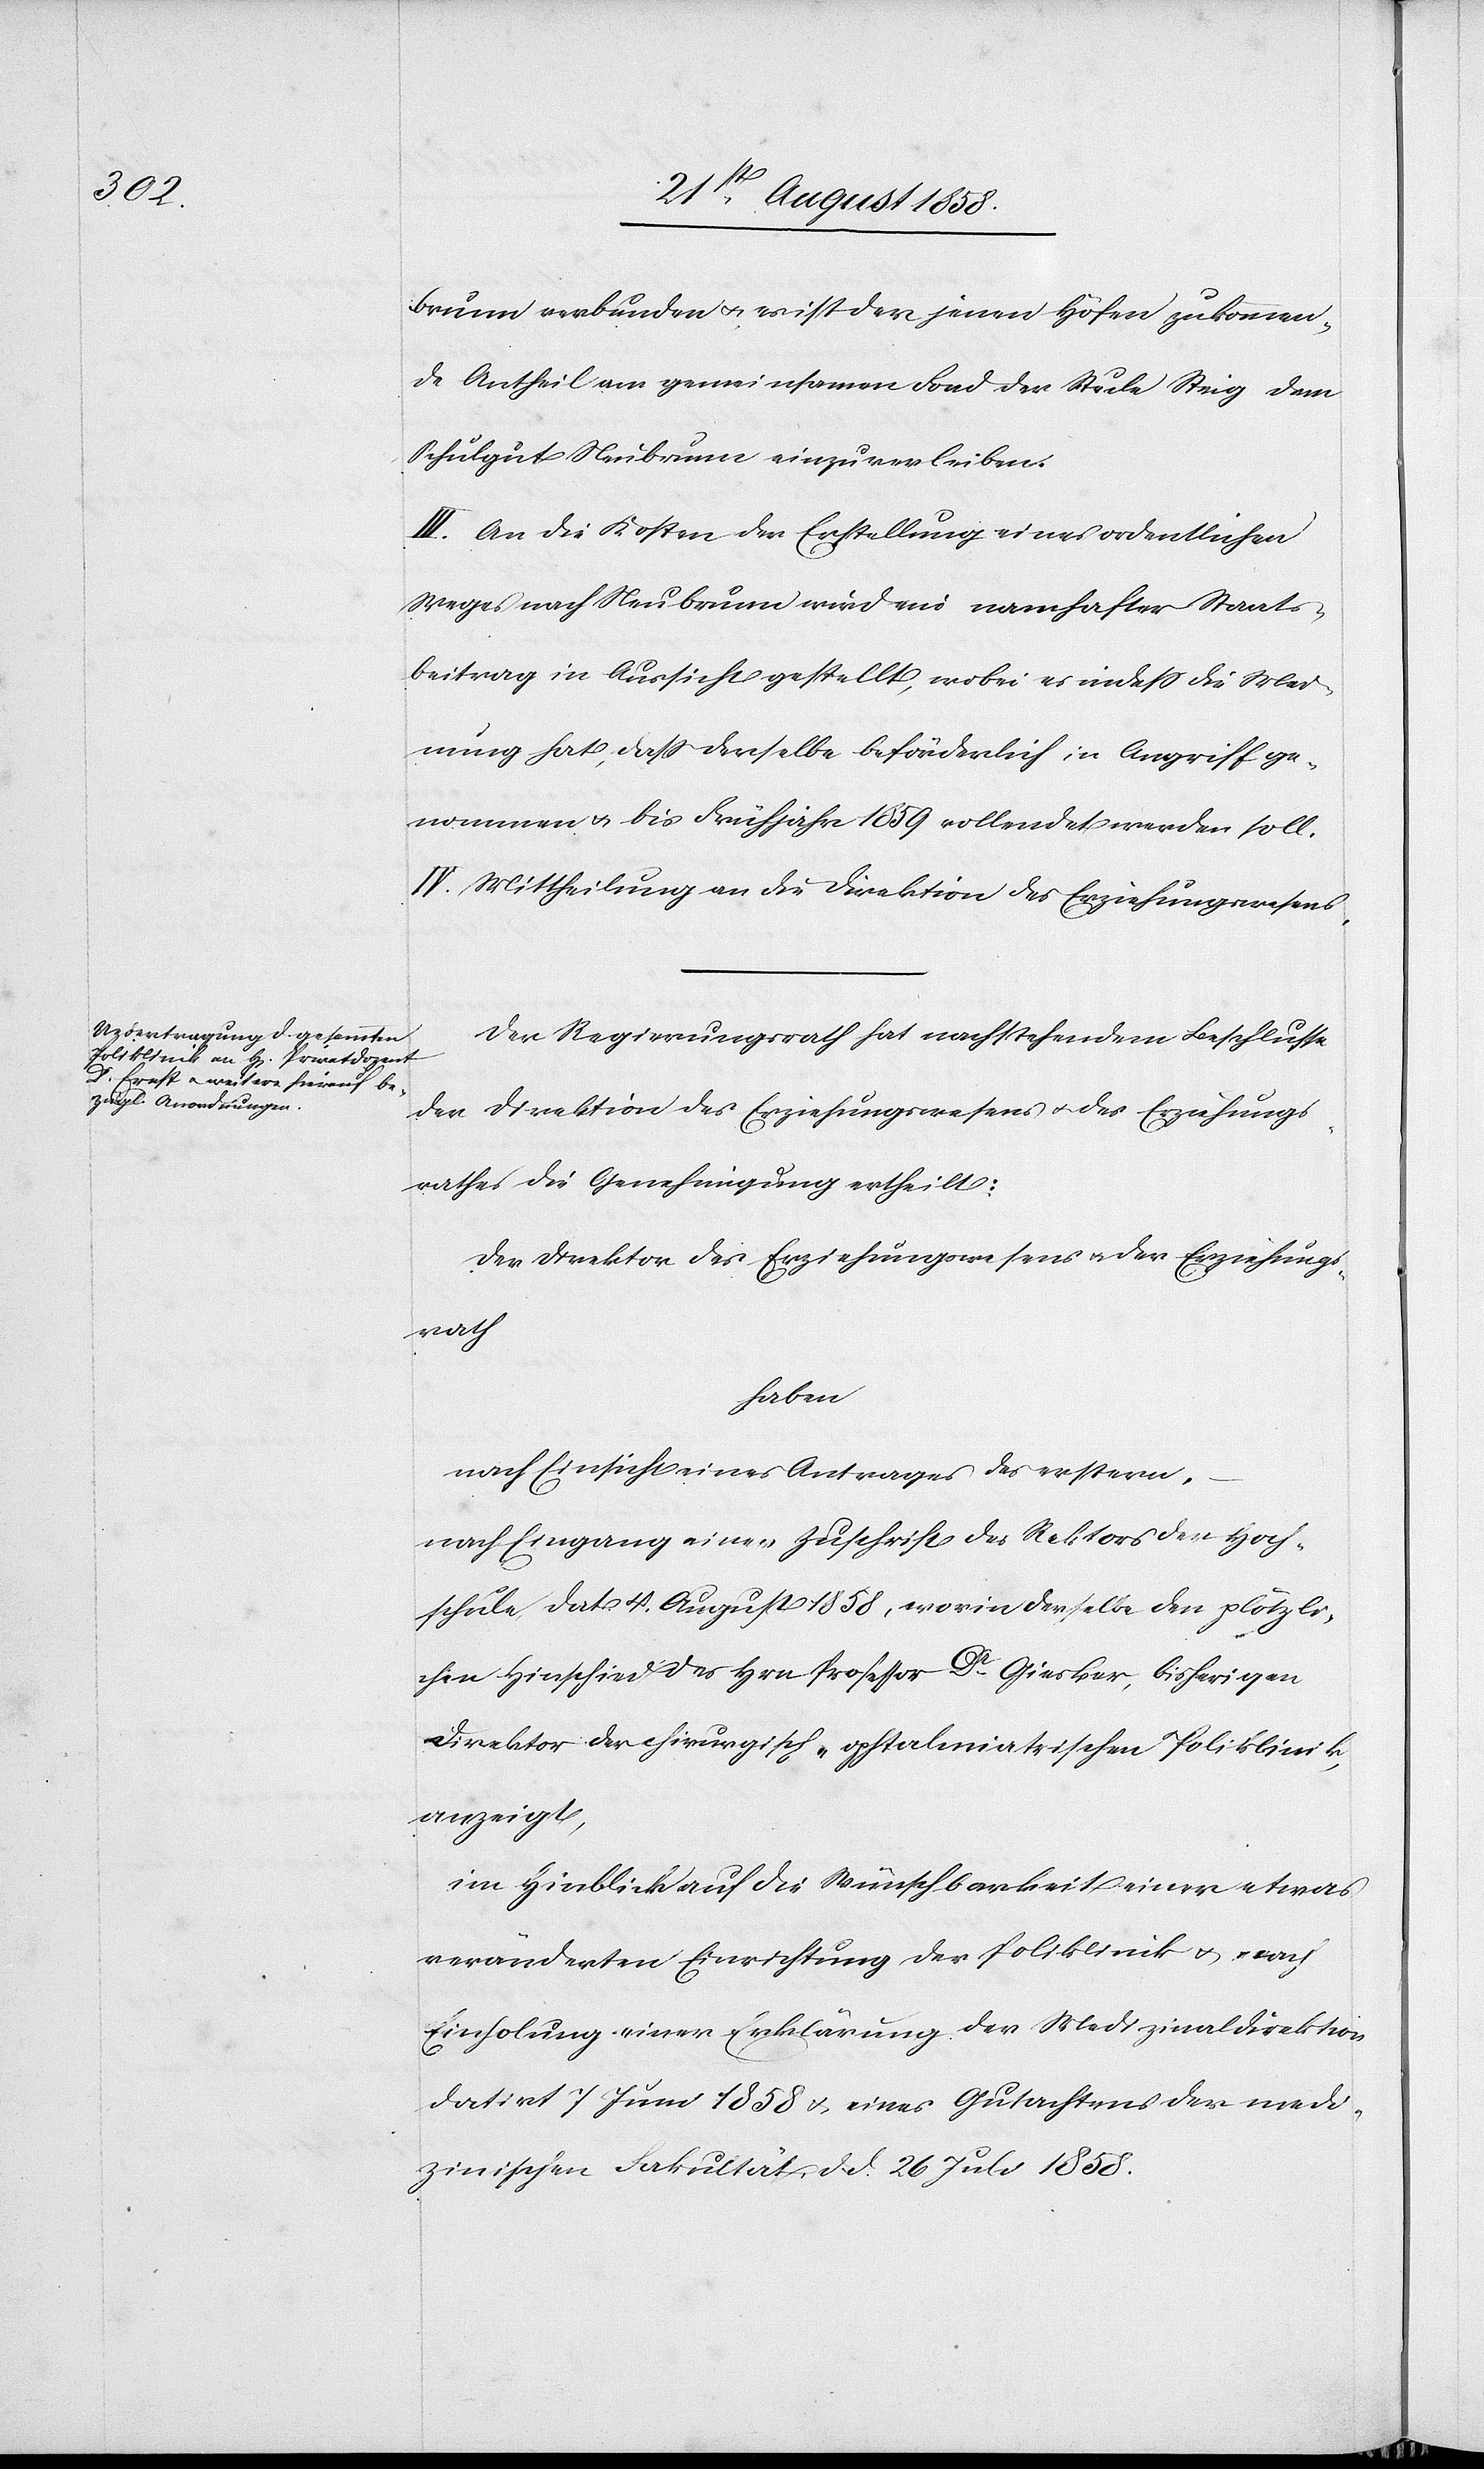
brunn verbunden & es ist der jenen Höfen zukommen¬
de Antheil am gemeinsamen Fond der Stule [recte:
Schulgut Neubrunn einzuverleiben.
III. An die Kosten der Erstellung eines ordentlichen
Weges nach Neubrunn wird ein namhafter Staats¬
beitrag in Aussicht gestellt, wobei es indess die Mei¬
nung hat, dass derselbe beförderlich in Angriff ge¬
nommen & bis Frühjahr 1859 vollendet werden soll.
IV. Mittheilung an die Direktion des Erziehungswesens.
Der Regierungsrath hat nachstehendem Beschlusse
der Direktion des Erziehungswesens & des Erziehungs¬
rathes die Genehmigung ertheilt:
Der Direktor des Erziehungswesens & der Erziehungs¬
rath
haben
nach Einsicht eines Antrages des erstern,
nach Eingang einer Zuschrift des Rektors der Hoch¬
schule, dat. 4. August 1858, worin derselbe den plötzli¬
chen Hinschied des Hrn. Professor Dr Giesker, bisherigen
Direktor der chirurgisch-ophtalmiatrischen Poliklinik,
anzeigt,
im Hinblick auf die Wünschbarkeit einer etwas
veränderten Einrichtung der Poliklinik & nach
Einholung einer Erklärung der Medizinaldirektion
datirt 7 Juni 1858 & eines Gutachtens der medi¬
zinischen Fakultät, d. d. 26 Juli 1858.